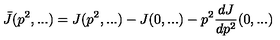
\bar { J } ( p ^ { 2 } , . . . ) = J ( p ^ { 2 } , . . . ) - J ( 0 , . . . ) - p ^ { 2 } \frac { d J } { d p ^ { 2 } } ( 0 , . . . )